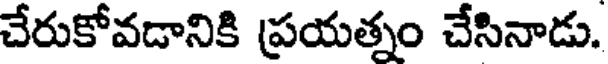
చేరుకోవడానికి ప్రయత్నం చేసినాడు.